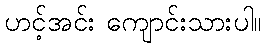
ဟင့်အင်း ကျောင်းသားပါ။